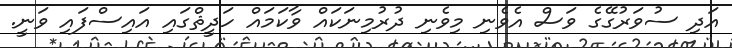
އަދި ސުވަރުގޭގެ ވަސް އެވެނި މިވެނި ދުރުމިނަކައް ވާކަމައް ހަދީޘްގައި އައިސްފައި ވަނީ.